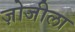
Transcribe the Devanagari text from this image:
ज़ोजीला